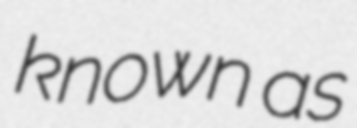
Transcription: known as